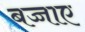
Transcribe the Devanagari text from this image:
बच्चाए